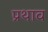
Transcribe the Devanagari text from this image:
प्रथाव